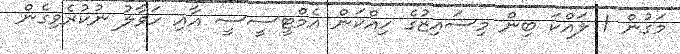
މަގުން 1 ލައްކަ ބިން މިސައިޒުގެ ހިއްކަން އެމްޓީސީސީ އާއި ހަވާލު ނުކުރެވިގެން